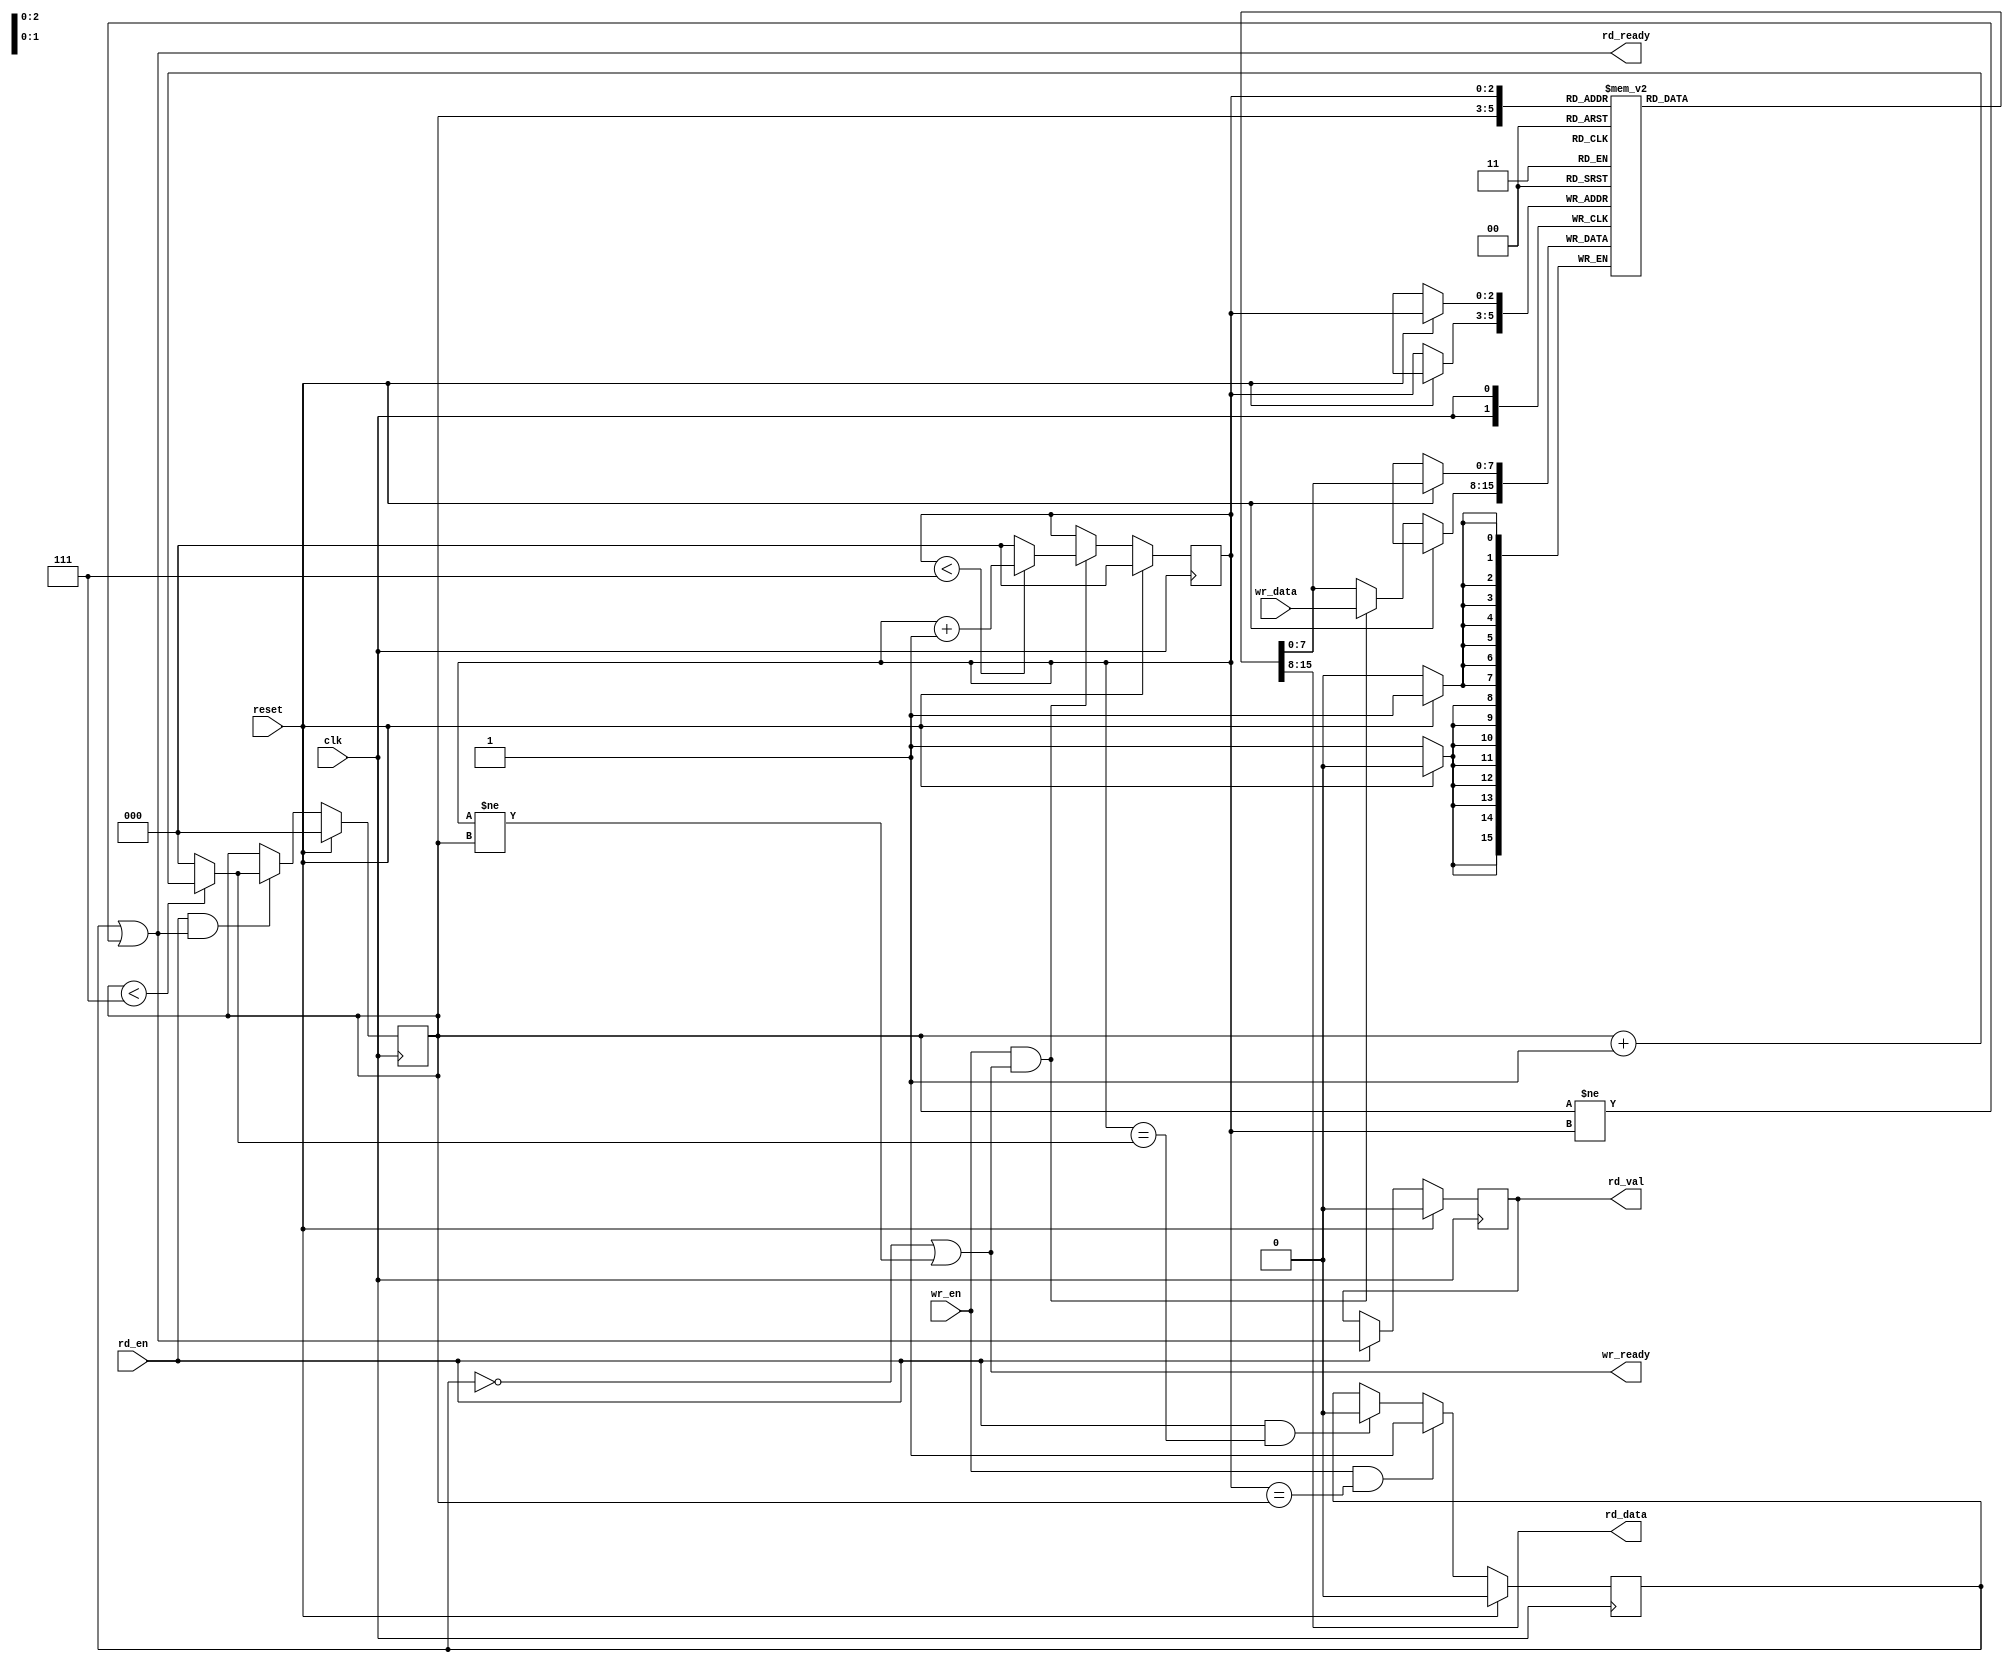
module fifo_cycle #(
    parameter FIFO_DEPTH = 8,
    parameter DATA_WIDTH = 8
)(
    input wire clk,
    input wire reset,
    input wire rd_en,
    input wire wr_en,
    input wire [DATA_WIDTH - 1 : 0] wr_data,
    output wire [DATA_WIDTH - 1 : 0] rd_data,
    output wire wr_ready,
    output wire rd_ready,
    output reg rd_val
);
    localparam POS_WIDTH = $clog2(FIFO_DEPTH);

    reg [DATA_WIDTH - 1 : 0] array [FIFO_DEPTH - 1 : 0];
    reg [POS_WIDTH - 1 : 0] wr_pos;
    reg [POS_WIDTH - 1 : 0] rd_pos;
    reg filled;

    wire [POS_WIDTH - 1 : 0] wr_next_pos;
    wire [POS_WIDTH - 1 : 0] rd_next_pos;// !!!!!!
    assign wr_next_pos = (wr_pos < FIFO_DEPTH - 1) ? wr_pos + 1 : 0;
    assign rd_next_pos = (rd_pos < FIFO_DEPTH - 1) ? rd_pos + 1 : 0;

    assign wr_ready = ~filled | wr_pos != rd_pos;
    assign rd_ready = filled | rd_pos != wr_pos;

    assign rd_data = array[rd_pos];

    always @(posedge clk) begin
        if(reset)
            array[wr_pos] <= array[wr_pos];
        else
            array[wr_pos] <= (wr_en & wr_ready) ? wr_data : array[wr_pos];
    end

    always @(posedge clk) begin
        if(reset)
            rd_val <= 0;
        else
            rd_val <= (rd_en) ? rd_ready : rd_val;
    end

    always @(posedge clk) begin
        if(reset)
            wr_pos <= 0;
        else
            wr_pos <= (wr_en & wr_ready) ? wr_next_pos : wr_pos;
    end

    always @(posedge clk) begin
        if(reset)
            rd_pos <= 0;
        else
            rd_pos <= (rd_en & rd_ready) ? rd_next_pos : rd_pos;
    end

    always @(posedge clk) begin
        if(reset)
            filled <= 0;
        else
            filled <= (wr_en & wr_pos == rd_pos) ? 1 :
            (rd_en & wr_pos == rd_next_pos) ? 0 : filled;
    end

endmodule